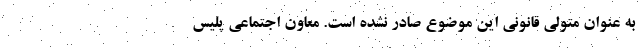
به عنوان متولی قانونی این موضوع صادر نشده است. معاون اجتماعی پلیس